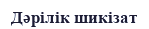
Дәрілік шикізат